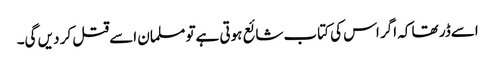
اسےڈر تھا کہ اگر اس کی کتاب شائع ہوتی ہےتو مسلمان اسےقتل کر دیں گی۔